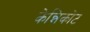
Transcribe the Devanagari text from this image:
केन्निकोट